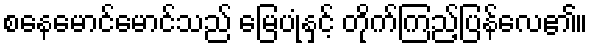
စနေမောင်မောင်သည် မြေပုံနှင့် တိုက်ကြည့်ပြန်လေ၏။